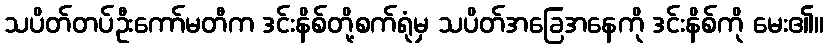
သပိတ်တပ်ဦးကော်မတီက ဒင်းနိစ်တို့စက်ရုံမှ သပိတ်အခြေအနေကို ဒင်းနိစ်ကို မေး၏။